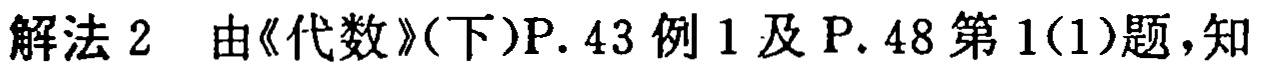
解法 2 由《代数》(下)P. 43 例 1 及 P. 48 第 1(1)题，知